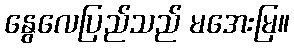
နွေလေပြည်သည် မအေးမြ။